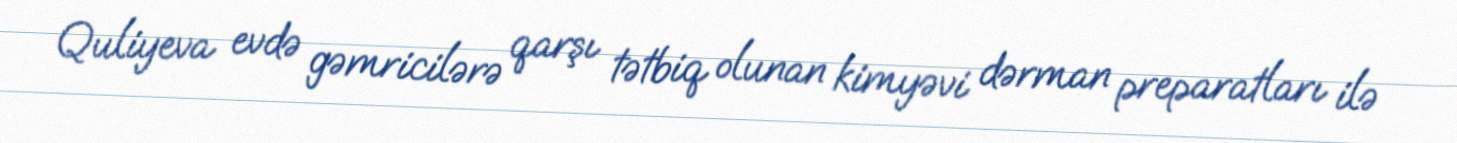
Quliyeva evdə gəmricilərə qarşı tətbiq olunan kimyəvi dərman preparatları ilə